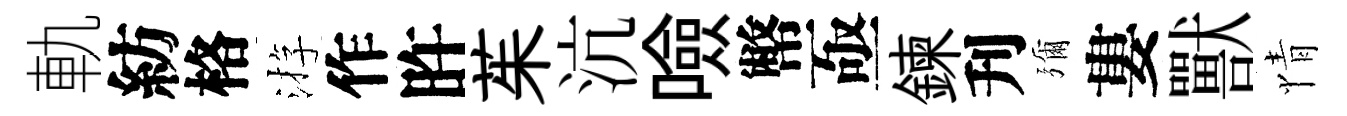
軌紡格㳺作旿茱沆噞幣亟鍊刋彌婁獸情